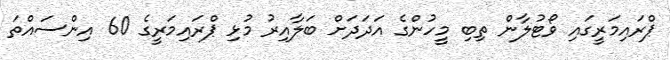
ޕްރައިމަރީގައި ވޯޓުލާން ތިބި މީހުންގެ އަދަދަށް ބަލާއިރު މުޅި ޕްރައިމަރީގެ 60 އިންސައްތަ